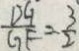
\frac { D G } { G F } = \frac { 3 } { 2 }